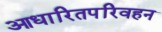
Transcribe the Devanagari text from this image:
आधारितपरिवहन